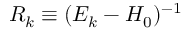
R _ { k } \equiv { ( E _ { k } - H _ { 0 } ) ^ { - 1 } }